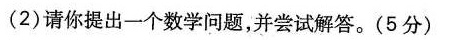
(2)请你提出一个数学问题，并尝试解答。(5分)